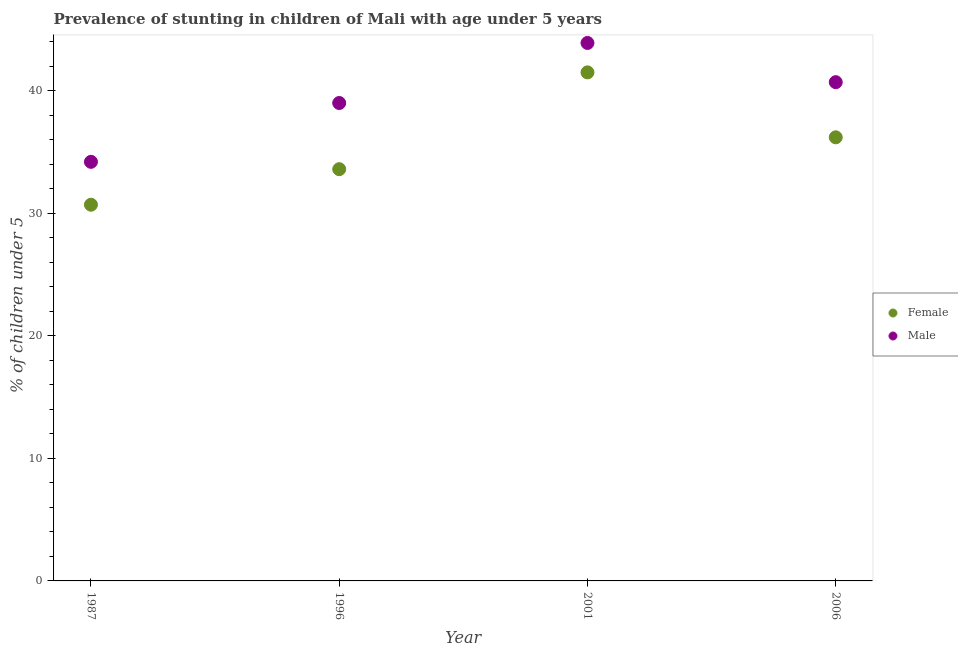
| Year | Female | Male |
 | --- | --- | --- |
 | 1987 | 30.7 | 34.2 |
 | 1996 | 33.6 | 39 |
 | 2001 | 41.5 | 43.9 |
 | 2006 | 36.2 | 40.7 |